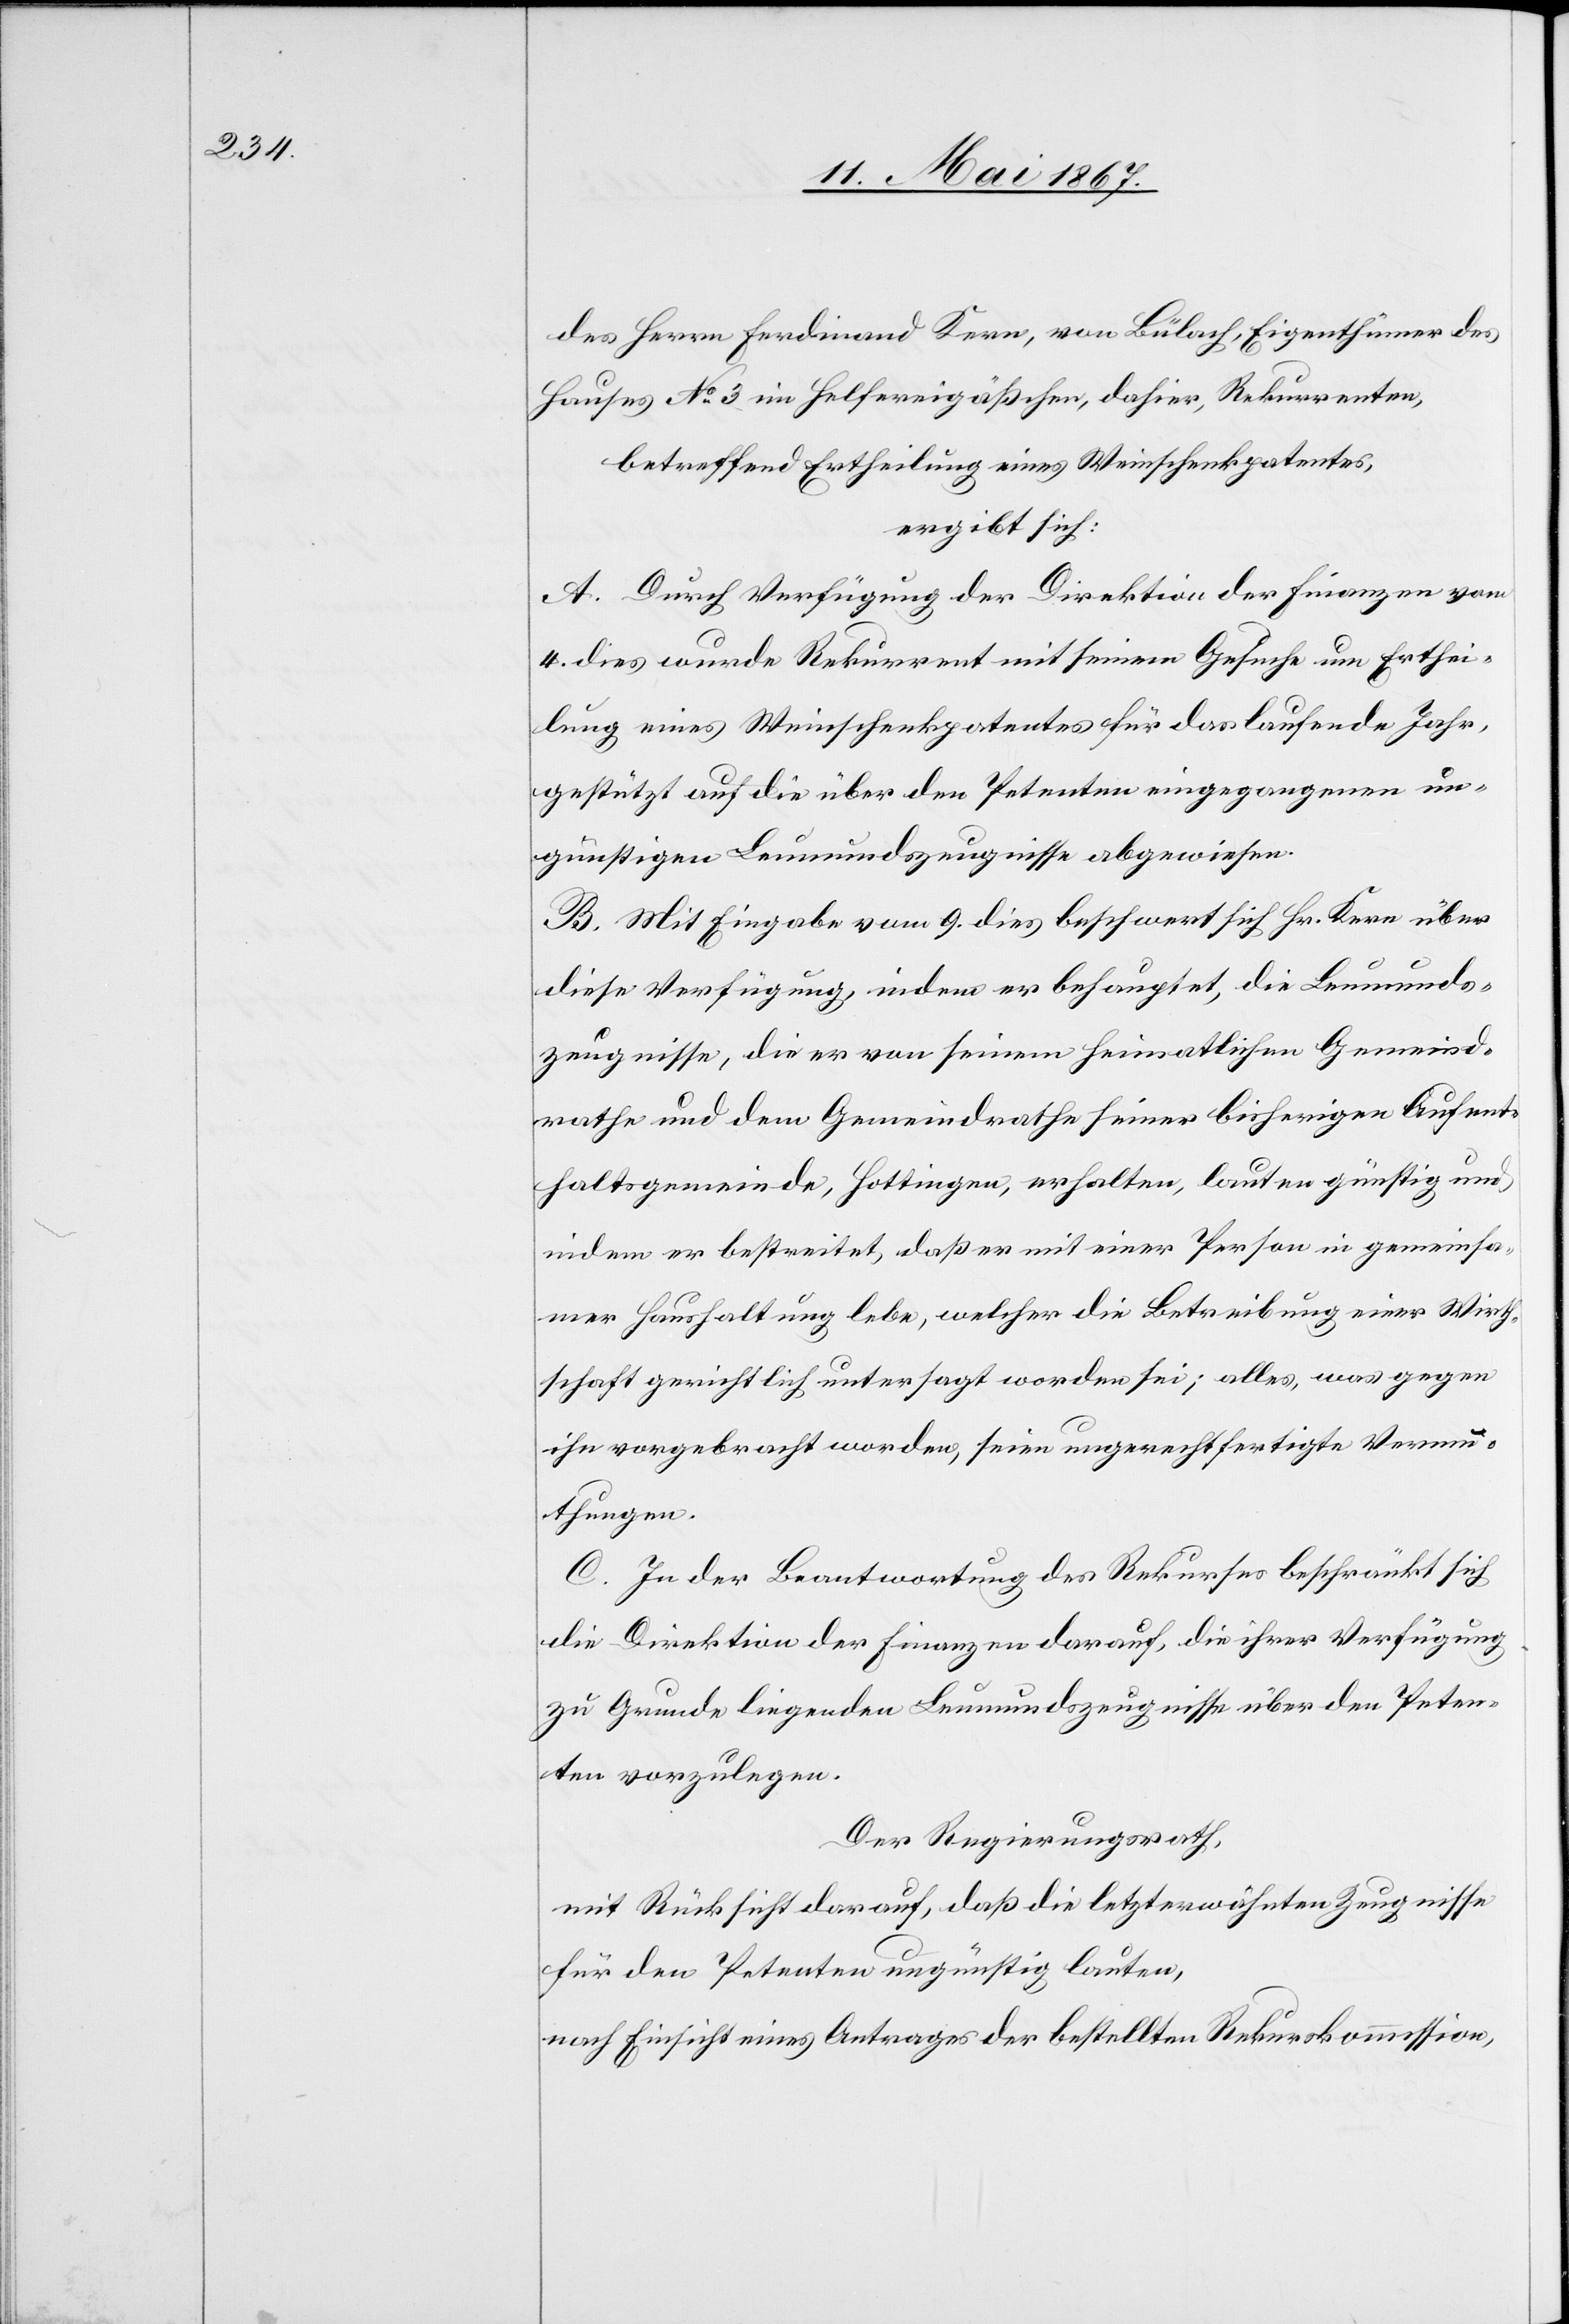
des Herrn Ferdinand Kern, von Bülach, Eigenthümer des
Hauses No. 3 im Helfereigäßchen, dahier, Rekurrenten,
betreffend Ertheilung eines Weinschenkpatentes,
ergibt sich:
A. Durch Verfügung der Direktion der Finanzen vom
4. dies wurde Rekurrent mit seinem Gesuche um Erthei¬
lung eines Weinschenkpatentes für das laufende Jahr,
gestützt auf die über den Petenten eingegangenen un¬
günstigen Leumundszeugnisse abgewiesen.
B. Mit Eingabe vom 9. dies beschwert sich Hr. Kern über
diese Verfügung, indem er behauptet, die Leumunds¬
zeugnisse, die er von seinem heimathlichen Gemeind¬
rathe und dem Gemeindrathe seiner bisherigen Aufent¬
haltsgemeinde, Hottingen, erhalten, lauten günstig und
indem er bestreitet, daß er mit einer Person in gemeinsa¬
mer Haushaltung lebe, welcher die Betreibung einer Wirth¬
schaft gerichtlich untersagt worden sei; alles, was gegen
ihn vorgebracht worden, seien ungerechtfertigte Vermu¬
thungen.
C. In der Beantwortung des Rekurses beschränkt sich
die Direktion der Finanzen darauf, die ihrer Verfügung
zu Grunde liegenden Leumundszeugnisse über den Peten¬
ten vorzulegen.
Der Regierungsrath,
mit Rücksicht darauf, daß die letzterwähnten Zeugnisse
für den Petenten ungünstig lauten,
nach Einsicht eines Antrages der bestellten Rekurskommission,